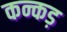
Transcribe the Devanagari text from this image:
कन्कड़